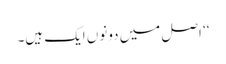
‘‘ اصل میں دونوں ایک ہیں۔